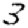
Digit: 3